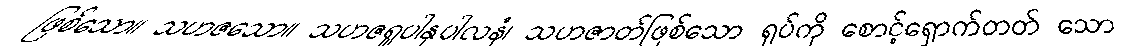
ဖြစ်သော။ သဟဇသော။ သဟဇရူပါနုပါလနံ၊ သဟဇာတ်ဖြစ်သော ရုပ်ကို စောင့်ရှောက်တတ် သော